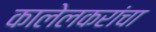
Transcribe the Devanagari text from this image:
कालेलकरांचा